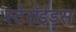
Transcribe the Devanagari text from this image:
स्टेरॉईड्स